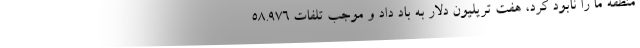
منطقه ما را نابود کرد، هفت تریلیون دلار به باد داد و موجب تلفات ۵۸.۹۷۶